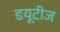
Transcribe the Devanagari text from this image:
डयूटीज